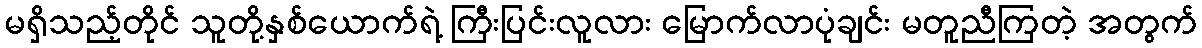
မရှိသည့်တိုင် သူတို့နှစ်ယောက်ရဲ့ ကြီးပြင်းလူလား မြောက်လာပုံချင်း မတူညီကြတဲ့ အတွက်